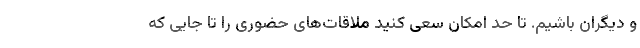
و دیگران باشیم. تا حد امکان سعی کنید ملاقات‌های حضوری را تا جایی که